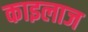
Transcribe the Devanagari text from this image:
काइलाज